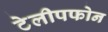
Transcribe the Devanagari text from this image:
टेलीपफोन